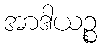
အာဒါယဉ္စ